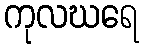
ကုလဃရေ